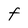
Character: t